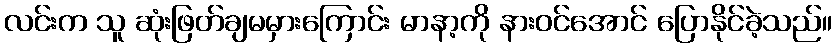
လင်းက သူ ဆုံးဖြတ်ချမမှားကြောင်း မာနာ့ကို နားဝင်အောင် ပြောနိုင်ခဲ့သည်။